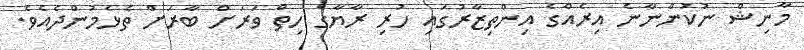
މާނިޝް ނުކުންނާނެ އިރެއްގެ އިންތިޒާރުގައި ހުރި ރާޔާގެ ހިތް ވަރަށް ބާރަށް ތެޅެމުންދެއެވެ.